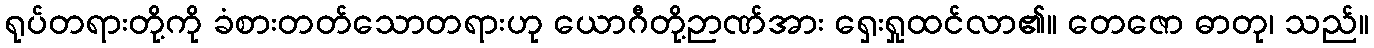
ရုပ်တရားတို့ကို ခံစားတတ်သောတရားဟု ယောဂီတို့ဉာဏ်အား ရှေးရှုထင်လာ၏။ တေဇော ဓာတု၊ သည်။